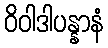
ဝိဝါဒါပန္နာနံ